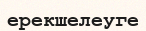
ерекшелеуге